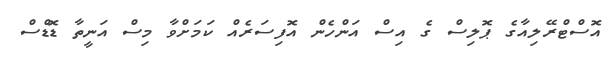
އޮސްޓްރޭލިއާގެ ޕޮލިސް ގެ އިސް އަންހެން އޮފިސަރެއް ކަމަށްވާ މިސް އަނީތާ ޑޮޑްސް